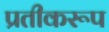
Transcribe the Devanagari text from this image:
प्रतीकरूप